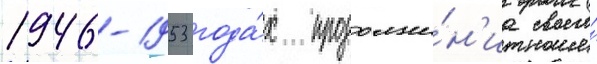
1946-1953 года́х продолже́н'иа своего́